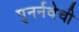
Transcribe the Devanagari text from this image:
पुनर्नवेची